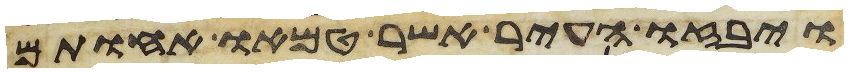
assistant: ויבזו העיר אשר טמאו אחותם